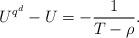
LaTeX: \begin{align*} U^{q^d}-U=-\frac{1}{T-\rho}.\end{align*}